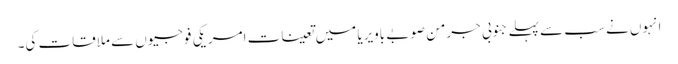
انہوں نے سب سے پہلے جنوبی جرمن صوبے باویریا میں تعینات امریکی فوجیوں سے ملاقات کی۔